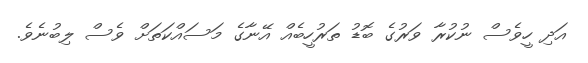
އަދި ހީވެސް ނުކުރާ ވަރުގެ ބޮޑު ތަރުހީބެއް އޭނާގެ މަސައްކަތަށް ވެސް ލިބުނެވެ.